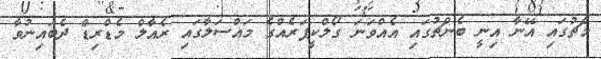
މެޗުގައި އޭނާ އިނީ ބެންޗުގައި އެއްވަނަ ގޯލްކީޕަރެއްގެ މައްސަލާގައި ރެއާލް މެޑްރިޑް ދެބައިނުވާ